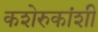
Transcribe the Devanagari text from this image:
कशेरुकांशी